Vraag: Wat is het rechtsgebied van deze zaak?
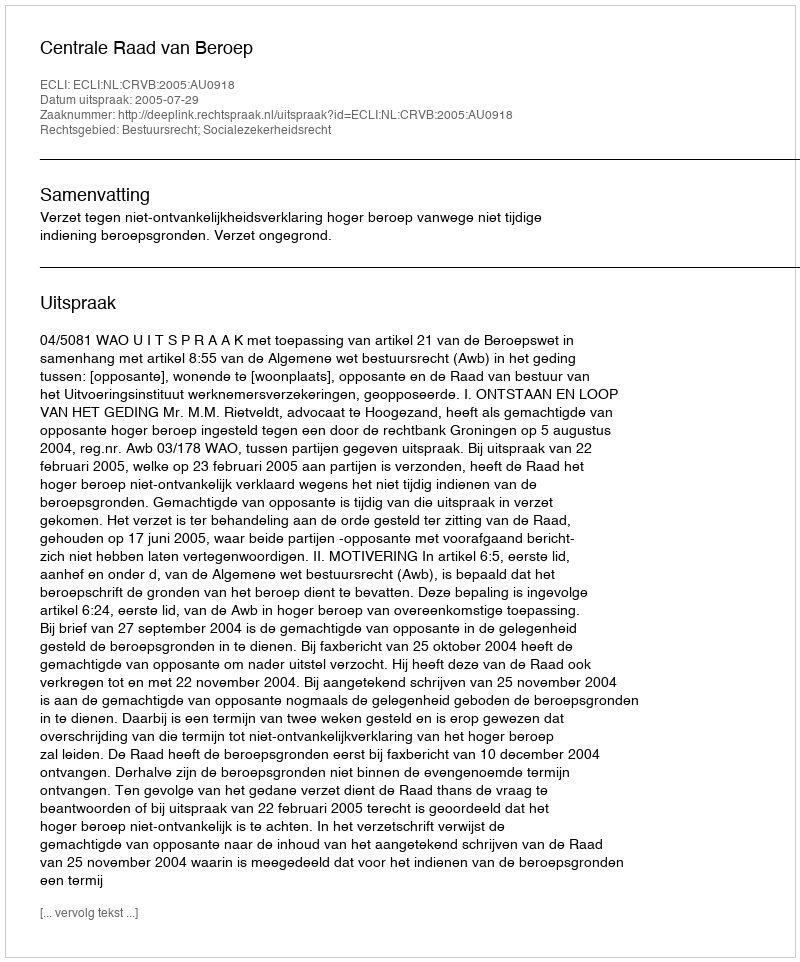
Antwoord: Bestuursrecht; Socialezekerheidsrecht